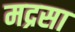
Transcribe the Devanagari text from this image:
मद्रसा